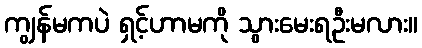
ကျွန်မကပဲ ရှင့်ဟာမကို သွားမေးရဦးမလား။